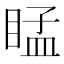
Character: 䁅